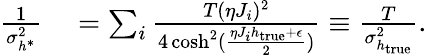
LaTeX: \begin{array}{rl}{\frac{1}{\sigma_{h^{*}}^{2}}}&{{}=\sum_{i}\frac{T(\eta J_{i})^{2}}{4\cosh^{2}(\frac{\eta J_{i}h_{\textrm{true}}+\epsilon}{2})}\equiv\frac{T}{\sigma_{h_{\textrm{true}}}^{2}}.}\end{array}